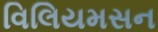
વિલિયમસન